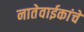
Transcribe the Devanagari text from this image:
नातेवाईकांचे